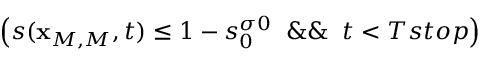
\left( s ( { \bf x } _ { M , M } , t ) \leq 1 - s _ { 0 } ^ { \sigma 0 } \; \; \& \& \; \; t < T s t o p \right)